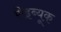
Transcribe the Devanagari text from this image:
रोइब्यूक